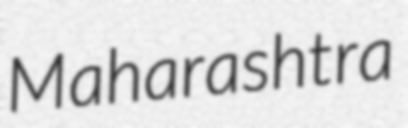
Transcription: Maharashtra